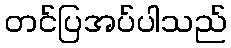
တင်ပြအပ်ပါသည်